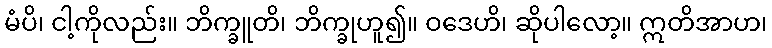
မံပိ၊ ငါ့ကိုလည်း။ ဘိက္ခူတိ၊ ဘိက္ခုဟူ၍။ ဝဒေဟိ၊ ဆိုပါလော့။ ဣတိအာဟ၊